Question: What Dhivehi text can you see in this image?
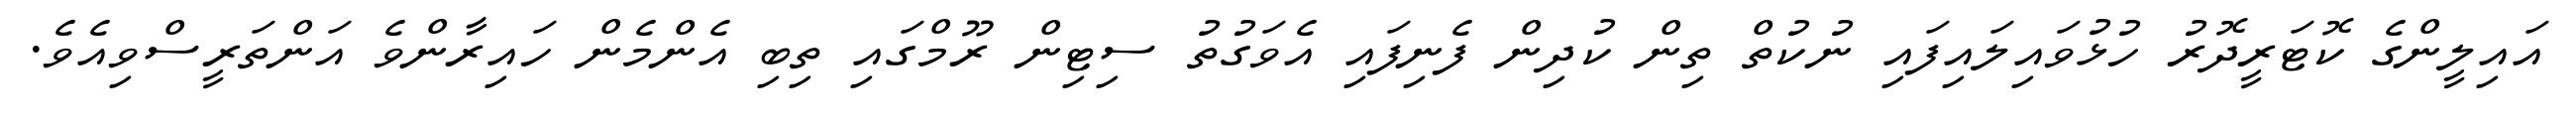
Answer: އައިލީންގެ ކޮޓަރީދޮރު ހުޅުވައިލައިފައި ނުކުތް ތިން ކުދިން ފެނިފައި އެވަގުތު ސިޓިން ރޫމްގައި ތިބި އެންމެން ހައިރާންވެ އަންތަރީސްވިއެވެ.